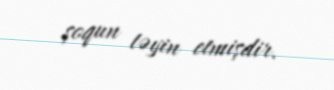
şoqun təyin etmişdir.